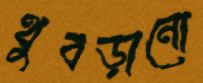
থুবড়ানো